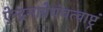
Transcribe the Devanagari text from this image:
ऐन्द्रमाग्नेयंचत्वाष्ट्रं